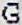
G